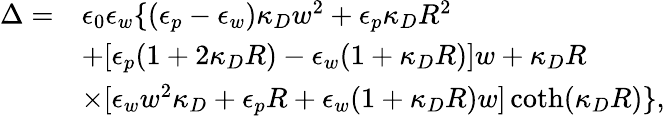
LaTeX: \begin{array}{rl}{\Delta=}&{\epsilon_{0}\epsilon_{w}\{ (\epsilon_{p}-\epsilon_{w})\kappa_{D}w^{2}+\epsilon_{p}\kappa_{D}R^{2}}\\ &{+[\epsilon_{p}(1+2\kappa_{D}R)-\epsilon_{w}(1+\kappa_{D}R)]w+\kappa_{D}R}\\ &{\times[\epsilon_{w}w^{2}\kappa_{D}+\epsilon_{p}R+\epsilon_{w}(1+\kappa_{D}R)w]\coth(\kappa_{D}R)\} ,}\end{array}